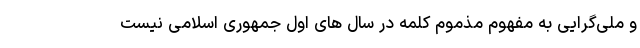
و ملی‌گرایی به مفهوم مذموم کلمه در سال های اول جمهوری اسلامی نیست